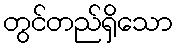
တွင်တည်ရှိသော